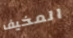
المخيف